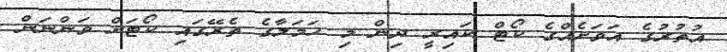
އުތުރުގެ އަވަށެއްގެ ކޯޓް ކައިރީ ދިން މި ހަމަލާގެ ތެރޭގައި ކޯޓަށް ވަންނަން